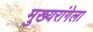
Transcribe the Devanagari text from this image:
मुख्यरांगेला